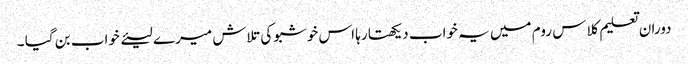
دوران تعلیم کلاس روم میں یہ خواب دیکھتا رہا اس خوشبو کی تلاش میرے لیئے خواب بن گیا ۔